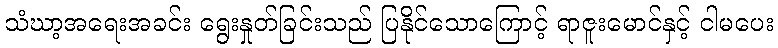
သံဃာ့အရေးအခင်း ရွေးနှုတ်ခြင်းသည် ပြနိုင်သောကြောင့် ရာဇူးမောင်နှင့် ငါမပေး